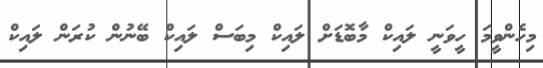
މިހެންވީމަ ހީވަނީ ލައިކް މާބޮޑަށް ލައިކް މިބަސް ލައިކް ބޭނުން ކުރަން ލައިކް